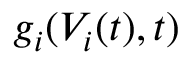
g _ { i } ( V _ { i } ( t ) , t )